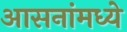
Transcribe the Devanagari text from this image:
आसनांमध्ये